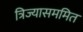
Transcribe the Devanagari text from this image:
त्रिज्यासममित